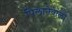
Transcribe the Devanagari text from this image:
पिलानेवाला